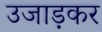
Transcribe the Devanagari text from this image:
उजाड़कर